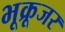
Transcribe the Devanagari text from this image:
भूक्रूजर